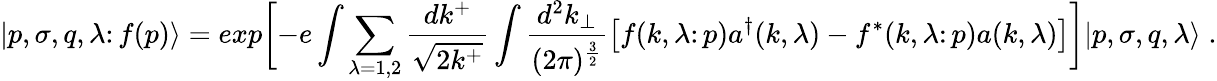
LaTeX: \vert p,\sigma,q,\lambda\colon f(p)\rangle=exp\biggl[-e\int\sum_{\lambda=1,2}{\frac{dk^{+}}{\sqrt{2k^{+}}}}\int{\frac{d^{2}k_{\perp}}{(2\pi)^{\frac{3}{2}}}}\bigl[f(k,\lambda\colon p)a^{\dagger}(k,\lambda)-f^{*}(k,\lambda\colon p)a(k,\lambda)\bigr]\biggr]\vert p,\sigma,q,\lambda\rangle\; .